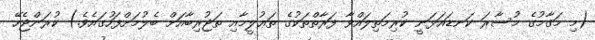
(މި މަޤާމުގެ މުސާރަ ކަނޑައަޅަނީ ކުރިމަތިލައްވާ ފަރާތްތަކުގެ ތަޢުލީމާއި ތަޖުރިބާއަށް ބެލުމަށްފަހުގައެވެ.) ކުރަންޖެހޭ